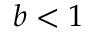
b < 1